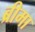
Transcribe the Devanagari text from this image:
ब्रीमा